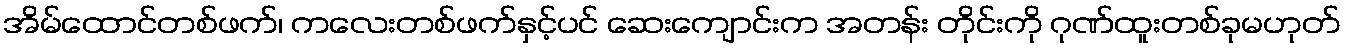
အိမ်ထောင်တစ်ဖက်၊ ကလေးတစ်ဖက်နှင့်ပင် ဆေးကျောင်းက အတန်း တိုင်းကို ဂုဏ်ထူးတစ်ခုမဟုတ်